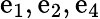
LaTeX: \mathrm{e}_{1},\mathrm{e}_{2},\mathrm{e}_{4}